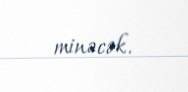
minəcək.